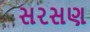
સરસણ